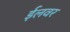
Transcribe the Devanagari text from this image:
ईलवर